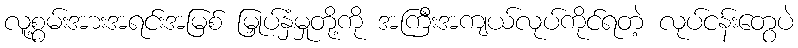
လူ့စွမ်းအားအရင်းအမြစ် မြှုပ်နှံမှုတို့ကို အကြီးအကျယ်လုပ်ကိုင်ရတဲ့ လုပ်ငန်းတွေပဲ